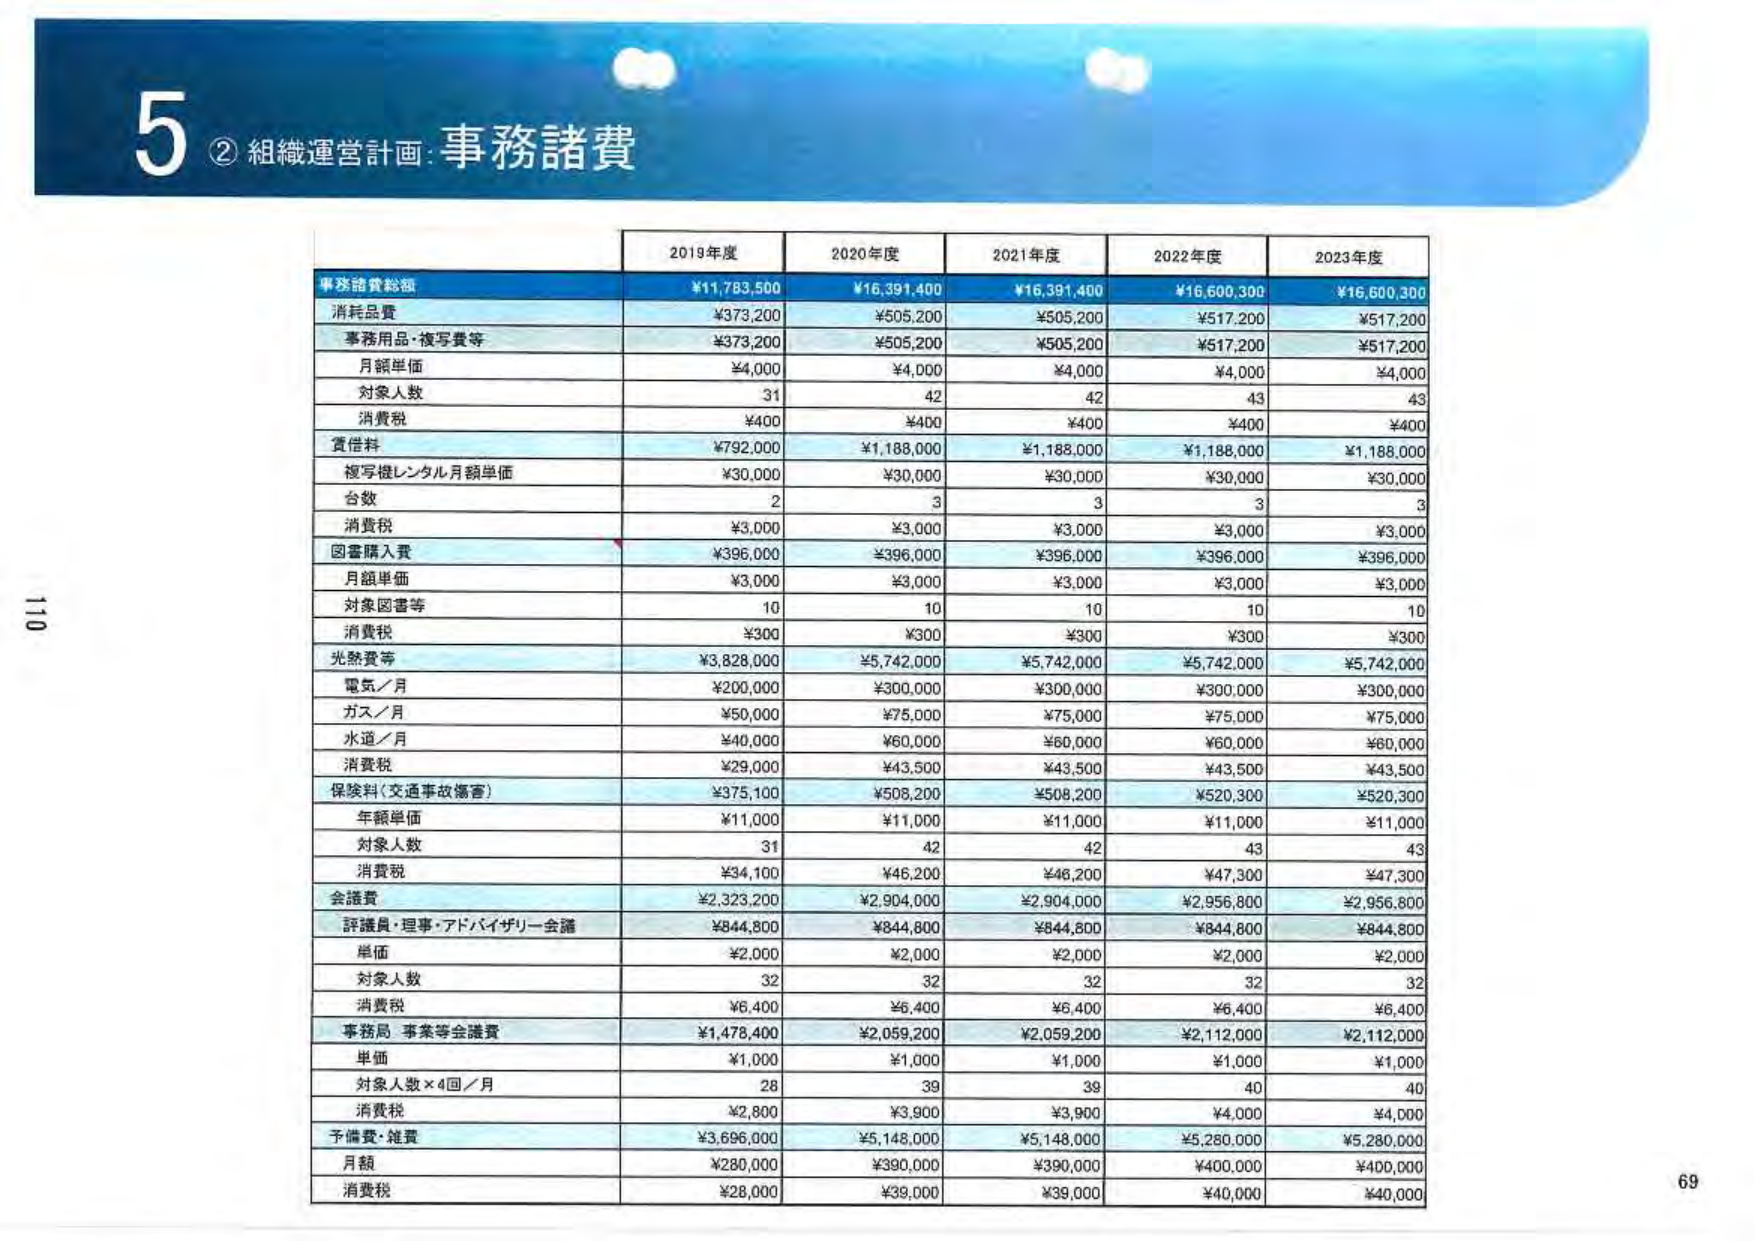
5 ② 組織運営計画: 事務諸費

2019年度 2020年度 2021年度 2022年度 2023年度

事務諸費総額 ¥11,783,500 ¥16,391,400 ¥16,391,400 ¥16,600,300 ¥16,600,300

消耗品費 ¥373,200 ¥505,200 ¥505,200 ¥517,200 ¥517,200

事務用品・複写費等 ¥373,200 ¥505,200 ¥505,200 ¥517,200 ¥517,200

月額単価 ¥4,000 ¥4,000 ¥4,000 ¥4,000 ¥4,000

対象人数 31 42 42 43 43

消費税 ¥400 ¥400 ¥400 ¥400 ¥400

賃借料 ¥792,000 ¥1,188,000 ¥1,188,000 ¥1,188,000 ¥1,188,000

複写機レンタル月額単価 ¥30,000 ¥30,000 ¥30,000 ¥30,000 ¥30,000

台数 2 3 3 3 3

消費税 ¥3,000 ¥3,000 ¥3,000 ¥3,000 ¥3,000

図書購入費 ¥396,000 ¥396,000 ¥396,000 ¥396,000 ¥396,000

月額単価 ¥3,000 ¥3,000 ¥3,000 ¥3,000 ¥3,000

対象図書等 10 10 10 10 10

消費税 ¥300 ¥300 ¥300 ¥300 ¥300

光熱費等 ¥3,828,000 ¥5,742,000 ¥5,742,000 ¥5,742,000 ¥5,742,000

電気／月 ¥200,000 ¥300,000 ¥300,000 ¥300,000 ¥300,000

ガス／月 ¥50,000 ¥75,000 ¥75,000 ¥75,000 ¥75,000

水道／月 ¥40,000 ¥60,000 ¥60,000 ¥60,000 ¥60,000

消費税 ¥29,000 ¥43,500 ¥43,500 ¥43,500 ¥43,500

保険料（交通事故損害） ¥375,100 ¥508,200 ¥508,200 ¥520,300 ¥520,300

年額単価 ¥11,000 ¥11,000 ¥11,000 ¥11,000 ¥11,000

対象人数 31 42 42 43 43

消費税 ¥34,100 ¥46,200 ¥46,200 ¥47,300 ¥47,300

会議費 ¥2,323,200 ¥2,904,000 ¥2,904,000 ¥2,956,800 ¥2,956,800

評議員・理事・アドバイザリー会議 ¥844,800 ¥844,800 ¥844,800 ¥844,800 ¥844,800

単価 ¥2,000 ¥2,000 ¥2,000 ¥2,000 ¥2,000

対象人数 32 32 32 32 32

消費税 ¥6,400 ¥6,400 ¥6,400 ¥6,400 ¥6,400

事務局・事案等会議費 ¥1,478,400 ¥2,059,200 ¥2,059,200 ¥2,112,000 ¥2,112,000

単価 ¥1,000 ¥1,000 ¥1,000 ¥1,000 ¥1,000

対象人数×4回／月 28 39 39 40 40

消費税 ¥2,800 ¥3,900 ¥3,900 ¥4,000 ¥4,000

予備費・雑費 ¥3,696,000 ¥5,148,000 ¥5,148,000 ¥5,280,000 ¥5,280,000

月額 ¥280,000 ¥390,000 ¥390,000 ¥400,000 ¥400,000

消費税 ¥28,000 ¥39,000 ¥39,000 ¥40,000 ¥40,000

110
69